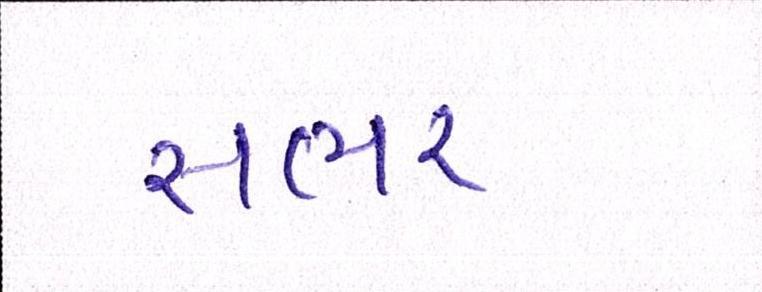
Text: સભર